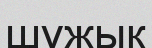
шұжык